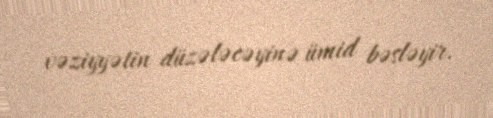
vəziyyətin düzələcəyinə ümid bəsləyir.